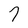
Character: 7